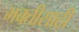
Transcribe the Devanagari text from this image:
भक्तीसाठी